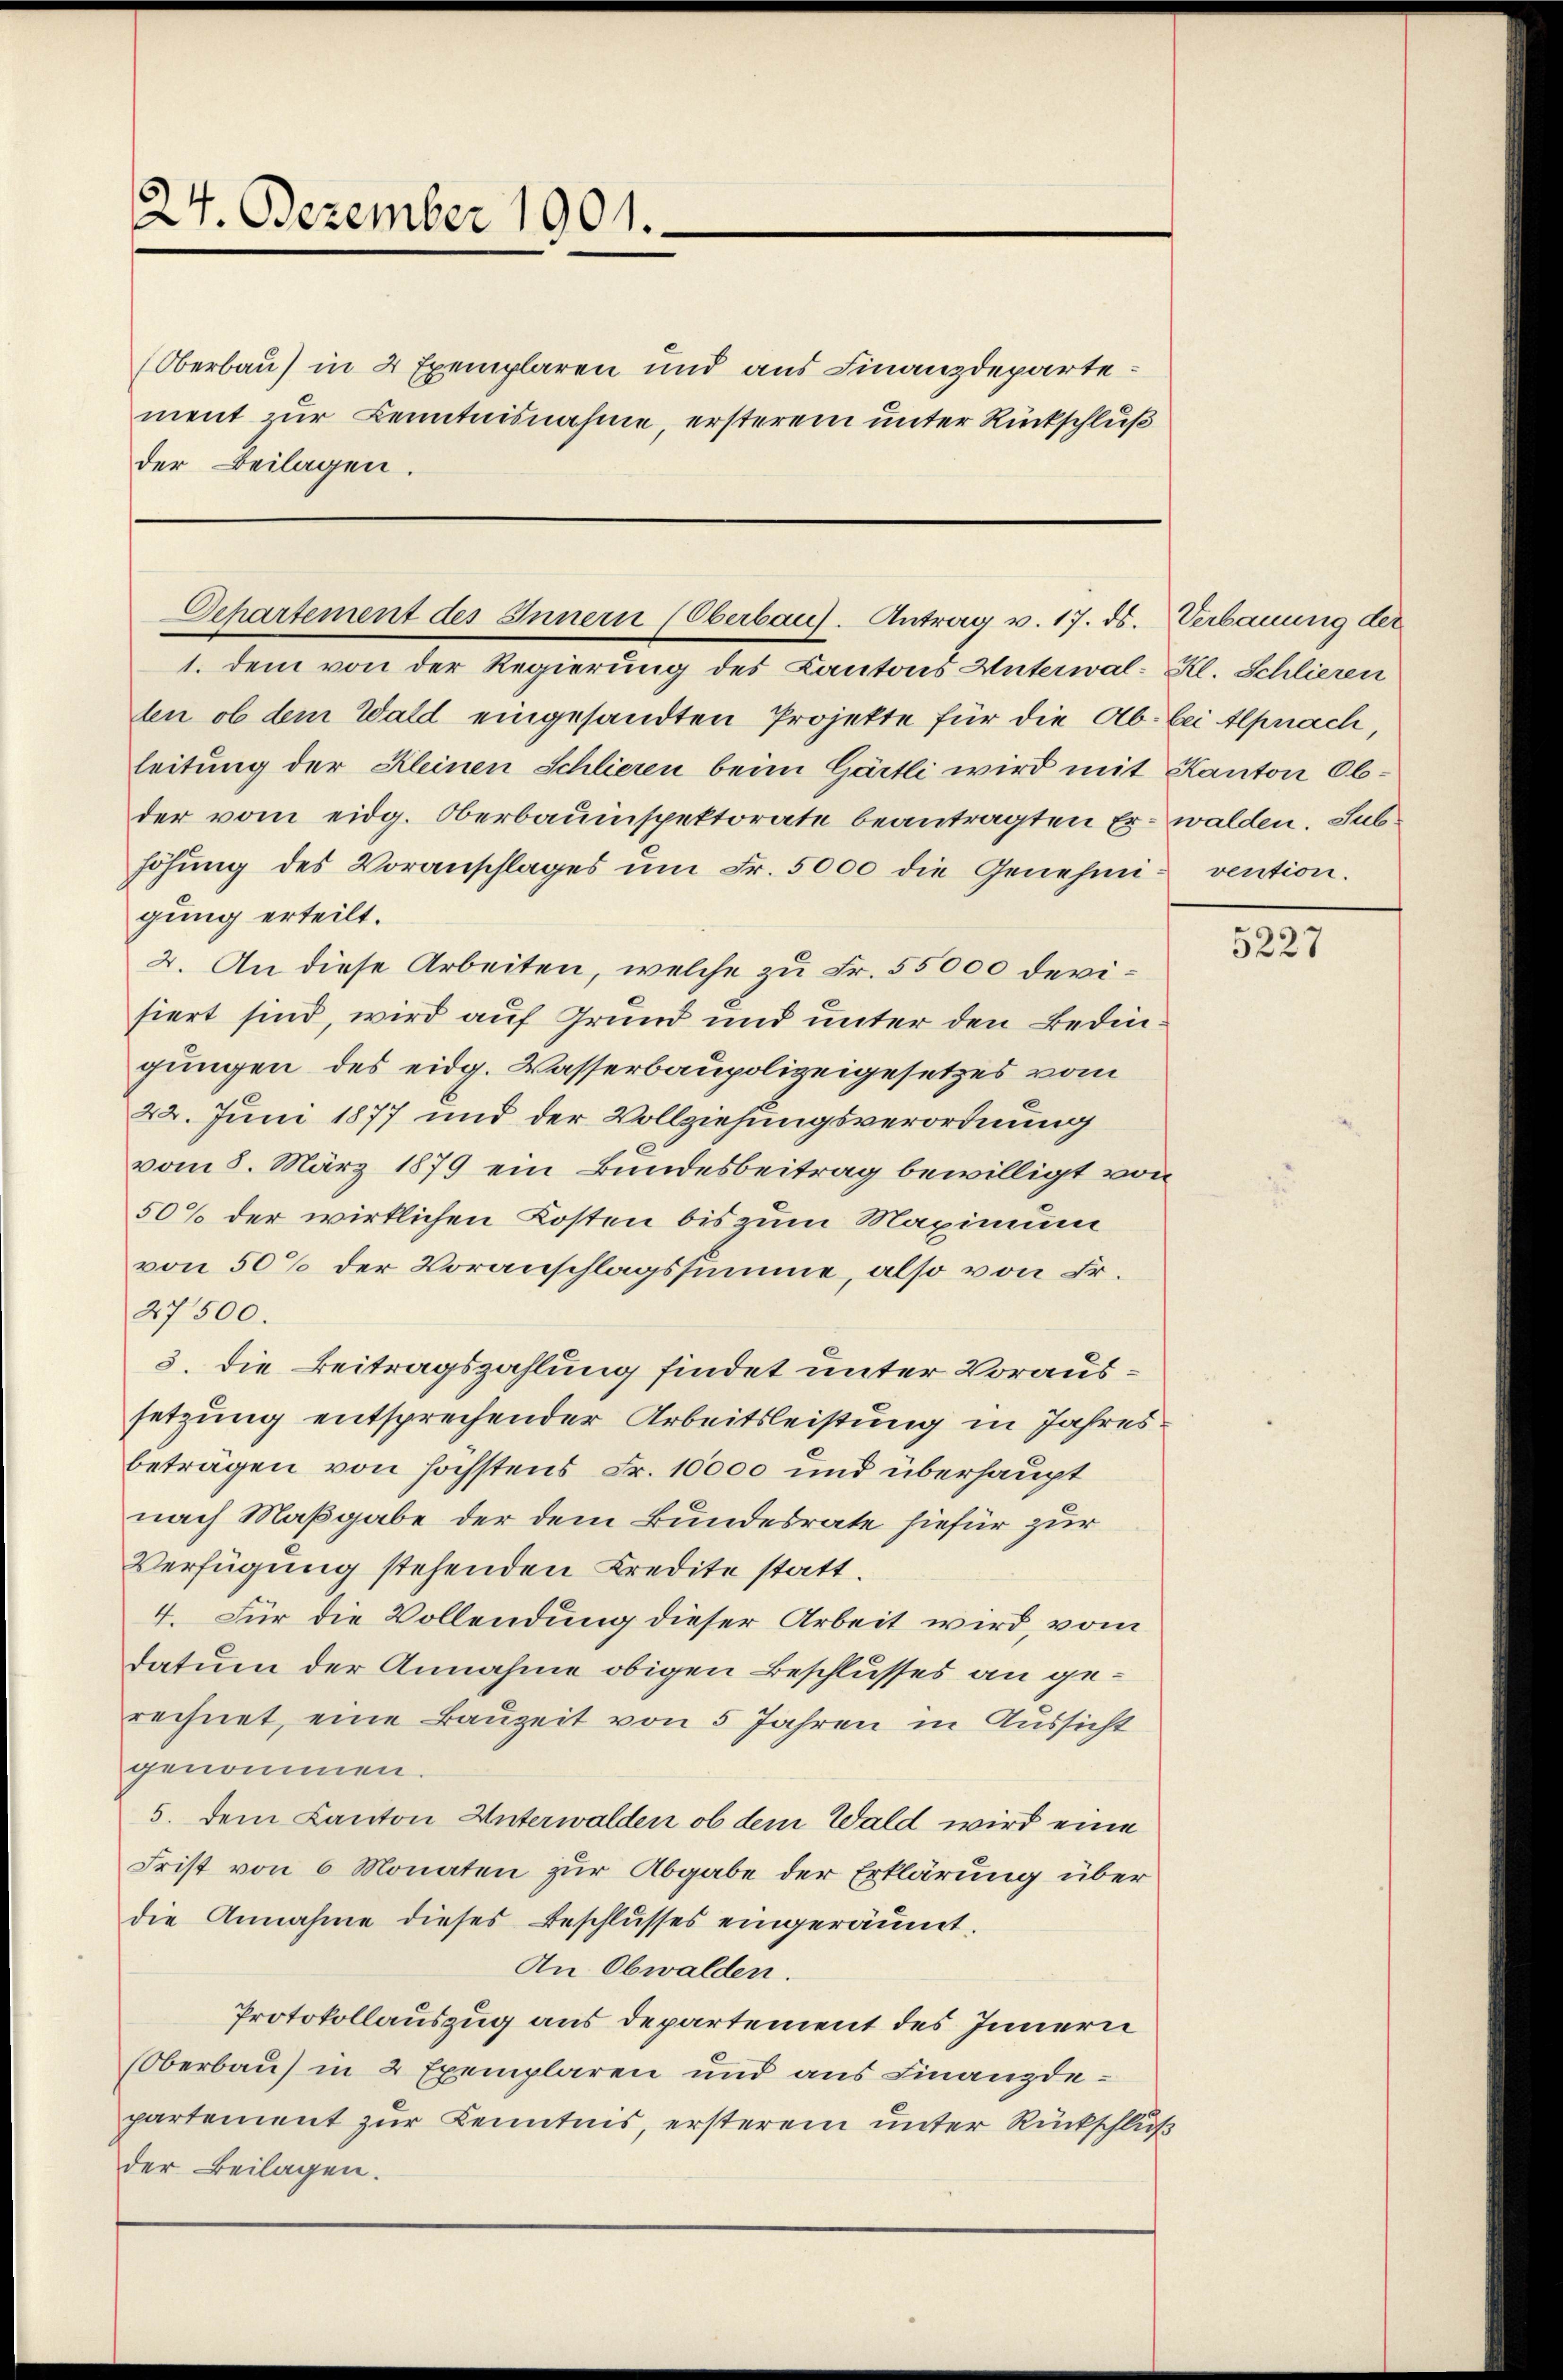
24. Dezember 1901.

(Oberbau) in 2 Exemplaren und aus Finanzdeparte
ment zur Kenntnisnahme, ersterem unter Rückschluß
der Beilagen.

Separtement des Innern (Oberbaus. Antrag v. 17. ds. Verbauung der

1. dem von der Regierung des Kantons Unterwal-Kl. Schlieren
ten ob dem Wald eingesandten Projekte für die Ab. bei Alpnach,
leitung der Kleinen Schlieren beim Gärtli wird mit Kanton Obder vom eidg. Oberbauinspektorate beantragten Er- walden. Subhöhŭng des Voranschlages ŭm Fr. 5000 die Genehmi- vention.
gung erteilt.
2. An diese Arbeiten, welche zu Fr. 55000 devisiert sind, wird auf Grund und unter den Bedingungen des eidg. Wasserbaupolizeigesetzes vom
22. Juni 1877 und der Vollziehungsverordnung
vom 8. März 1879 ein Bundesbeitrag bewilligt von
50% der wirklichen Kosten bis zum Maximum
von 50% der Voranschlagssumme, also von Fr.
27500.
3. die Beitragszahlung findet unter Voraussetzung entsprechender Arbeitsleistung in Jahresbeträgen von höchstens Fr. 10000 und überhaupt
nach Maßgabe der dem Bundesrate hiefür zur
Verfügung stehenden Kredite statt.
4. Für die Vollendung dieser Arbeit wird, vom
datum der Annahme obigen Beschlusses an gerechnet, eine Bauzeit von 5 Jahren in Aussicht
genommen.
5. dem Kanton Unterwalden ob dem Wald wird eine
Frist von 6 Monaten zur Abgabe der Erklärung über
die Annahme dieses Beschlusses eingeräumt.
An Obwalden.
Protokollauszug aus departement des Innern
Oberbau in 2 Exemplaren und aus Finanzdepartement zur Kenntnis, ersterem unter Rückschluß
der Beilagen.

5227